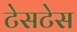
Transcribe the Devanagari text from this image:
टेसटेस